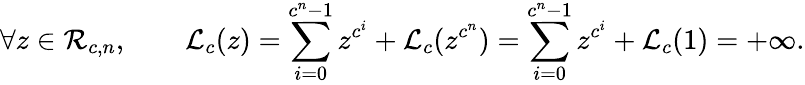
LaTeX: \forall z\in{\mathcal{R}}_{c,n},\qquad{\mathcal{L}}_{c}(z)=\sum_{i=0}^{c^{n}-1}z^{c^{i}}+{\mathcal{L}}_{c}(z^{c^{n}})=\sum_{i=0}^{c^{n}-1}z^{c^{i}}+{\mathcal{L}}_{c}(1)=+\infty.